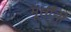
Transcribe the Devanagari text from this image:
मूर्तींनी